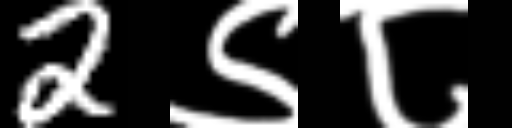
Text: 2९८